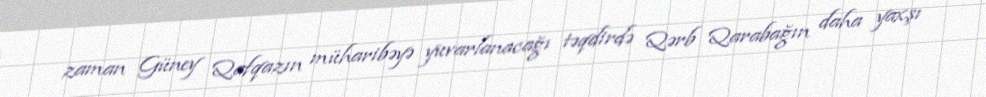
zaman Güney Qafqazın müharibəyə yuvarlanacağı təqdirdə Qərb Qarabağın daha yaxşı